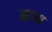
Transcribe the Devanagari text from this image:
आध्य